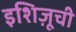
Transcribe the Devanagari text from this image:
इशिज़ूची